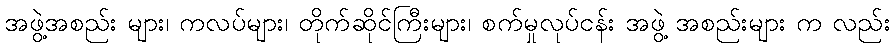
အဖွဲ့အစည်း များ၊ ကလပ်များ၊ တိုက်ဆိုင်ကြီးများ၊ စက်မှုလုပ်ငန်း အဖွဲ့ အစည်းများ က လည်း